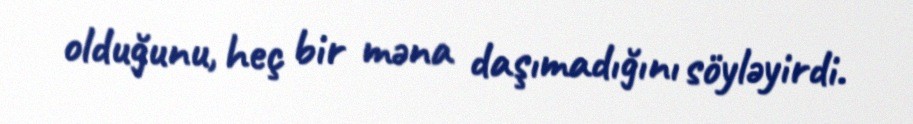
olduğunu, heç bir məna daşımadığını söyləyirdi.